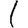
Digit: 1